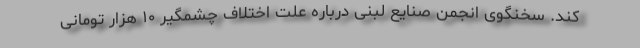
کند. سخنگوی انجمن صنایع لبنی درباره علت اختلاف چشمگیر ۱۰ هزار تومانی